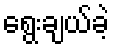
ရွေးချယ်ခဲ့